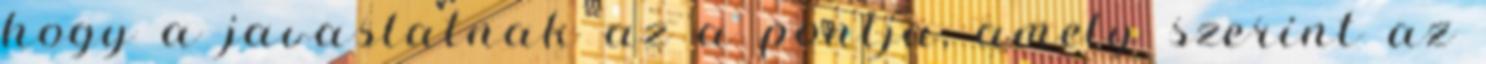
hogy a javaslatnak az a pontja, amely szerint az